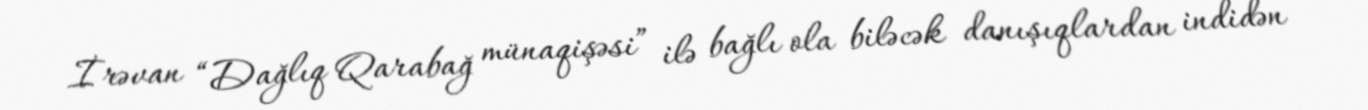
İrəvan “Dağlıq Qarabağ münaqişəsi” ilə bağlı ola biləcək danışıqlardan indidən